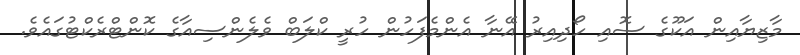
މާޒިޔާއިން އަކޫގެ ސޮއި ހޯދިއިރު އޭނާ އެންމެފަހުން ހުރީ ކްލަބް ވެލެންސިއާގެ ކޮންޓްރެކްޓުގައެވެ.